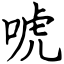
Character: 唬